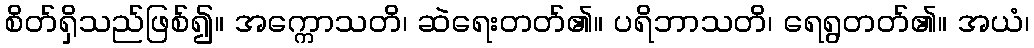
စိတ်ရှိသည်ဖြစ်၍။ အက္ကောသတိ၊ ဆဲရေးတတ်၏။ ပရိဘာသတိ၊ ရေရွတတ်၏။ အယံ၊